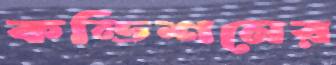
কন্ডিশনের